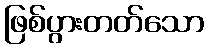
ဖြစ်ပွားတတ်သော